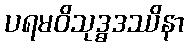
ပရမဝိသုဒ္ဓဒဿိနာ